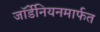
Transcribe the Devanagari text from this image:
जॉर्डेनियनमार्फत